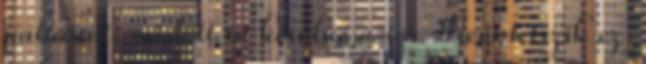
pattanni, mielőtt rá kerülne a sor. Nem tetszik ez,